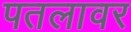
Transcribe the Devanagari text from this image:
पतलावर